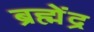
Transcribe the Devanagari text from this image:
ब्रह्मेंद्र